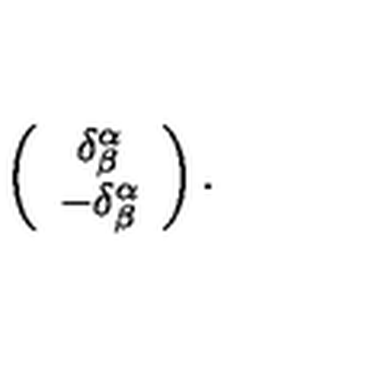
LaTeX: \left( \begin{array} { c } { \delta _ { \beta } ^ { \alpha } } \\ { - \delta _ { \beta } ^ { \alpha } } \\ \end{array} \right) .